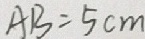
A B = 5 c m